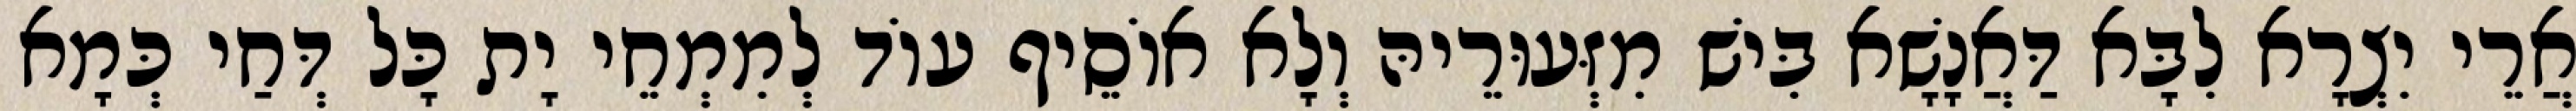
אֲרֵי יִצְרָא לִבָּא דַּאֲנָשָׁא בִּישׁ מִזְּעוּרֵיהּ וְלָא אוֹסֵיף עוֹד לְמִמְחֵי יָת כָּל דְּחַי כְּמָא